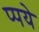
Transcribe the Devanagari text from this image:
प्पये